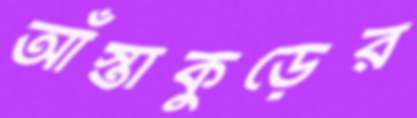
আঁস্তাকুড়ের